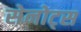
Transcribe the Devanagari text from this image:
सेनोट्स